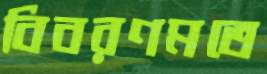
বিবরণমতে